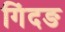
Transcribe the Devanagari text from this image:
गिंदङ